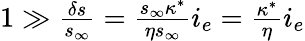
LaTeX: \begin{array}{r}{1\gg\frac{\delta s}{s_{\infty}}=\frac{s_{\infty}\kappa^{*}}{\eta s_{\infty}}i_{e}=\frac{\kappa^{*}}{\eta}i_{e}}\end{array}